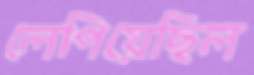
লেপিয়েছিল